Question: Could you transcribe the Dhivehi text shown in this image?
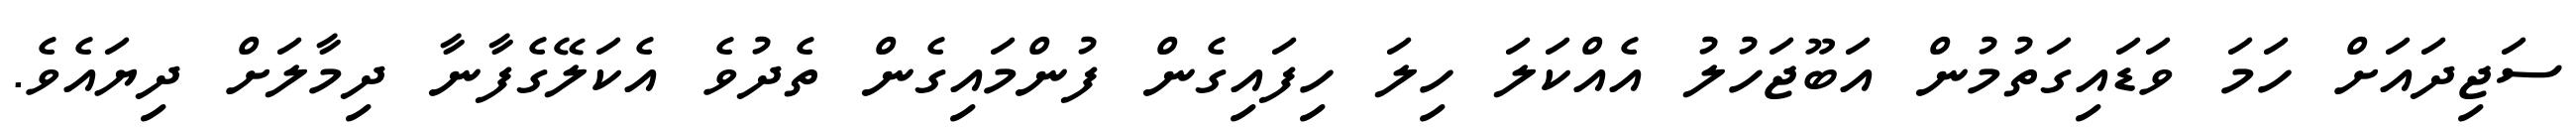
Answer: ސަޖިދައަށް ހަމަ ވަޑައިގަތުމުން އަބޫޖަހުލު އެއްކަލަ ހިލަ ހިފައިގެން ފުންމައިގެން ތެދުވެ އެކަލޭގެފާނާ ދިމާލަށް ދިޔައެވެ.